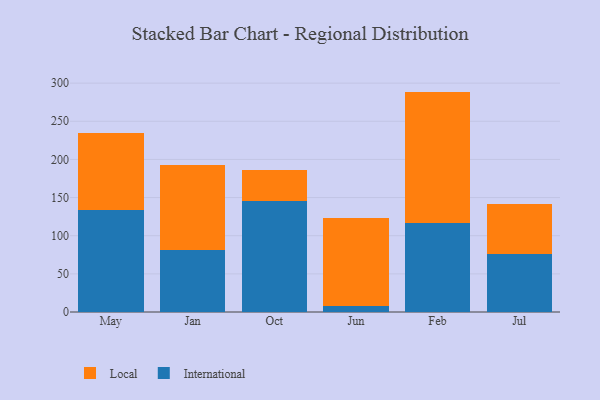
{"axis": {"x": "Month", "y": "Operating Costs (USD K)"}, "legend": ["International", "Local"], "data": [{"x": "May", "y": 133.3, "type": "International"}, {"x": "May", "y": 101.7, "type": "Local"}, {"x": "Jan", "y": 81.6, "type": "International"}, {"x": "Jan", "y": 110.5, "type": "Local"}, {"x": "Oct", "y": 145.6, "type": "International"}, {"x": "Oct", "y": 40.8, "type": "Local"}, {"x": "Jun", "y": 7.8, "type": "International"}, {"x": "Jun", "y": 115.8, "type": "Local"}, {"x": "Feb", "y": 116.2, "type": "International"}, {"x": "Feb", "y": 172.7, "type": "Local"}, {"x": "Jul", "y": 76.5, "type": "International"}, {"x": "Jul", "y": 65.3, "type": "Local"}]}